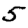
Digit: 5